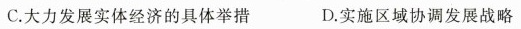
C.大力发展实体经济的具体举措 D.实施区域协调发展战略